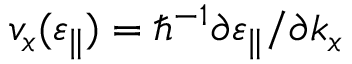
v _ { x } ( \varepsilon _ { \parallel } ) = \hbar ^ { - 1 } \partial \varepsilon _ { \parallel } / \partial k _ { x }